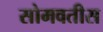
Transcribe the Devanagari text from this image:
सोमवतीस